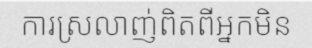
ការស្រលាញ់ពិតពីអ្នកមិន